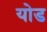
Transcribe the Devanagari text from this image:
योड